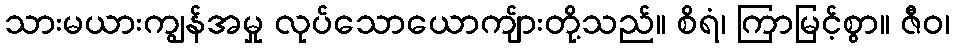
သားမယားကျွန်အမှု လုပ်သောယောကျ်ားတို့သည်။ စိရံ၊ ကြာမြင့်စွာ။ ဇီဝ၊